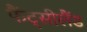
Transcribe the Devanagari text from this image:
फैंट्सीलैंड